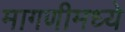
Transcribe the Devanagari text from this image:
मागणीमध्ये